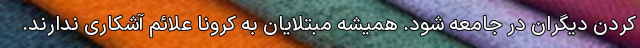
کردن دیگران در جامعه شود. همیشه مبتلایان به کرونا علائم آشکاری ندارند.